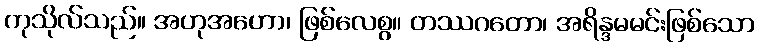
ကုသိုလ်သည်။ အဟုအဟော၊ ဖြစ်လေစွ။ တဿဂတော၊ အရိန္ဒမမင်းဖြစ်သော